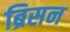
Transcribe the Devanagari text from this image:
ब्रिसन